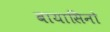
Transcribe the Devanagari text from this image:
बायासिनो